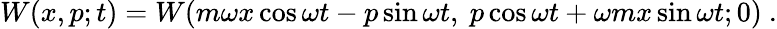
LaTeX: W(x,p;t)=W(m\omega x\cos\omega t-p\sin\omega t,~p\cos\omega t+\omega mx\sin\omega t;0)~.